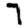
Digit: 7